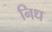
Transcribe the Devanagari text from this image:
निध